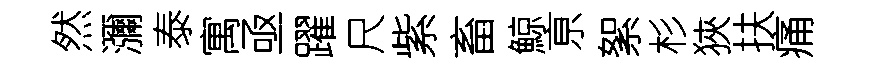
然瀰泰寓亟躍尺紫畜鯨亰絮杉狹扶痛